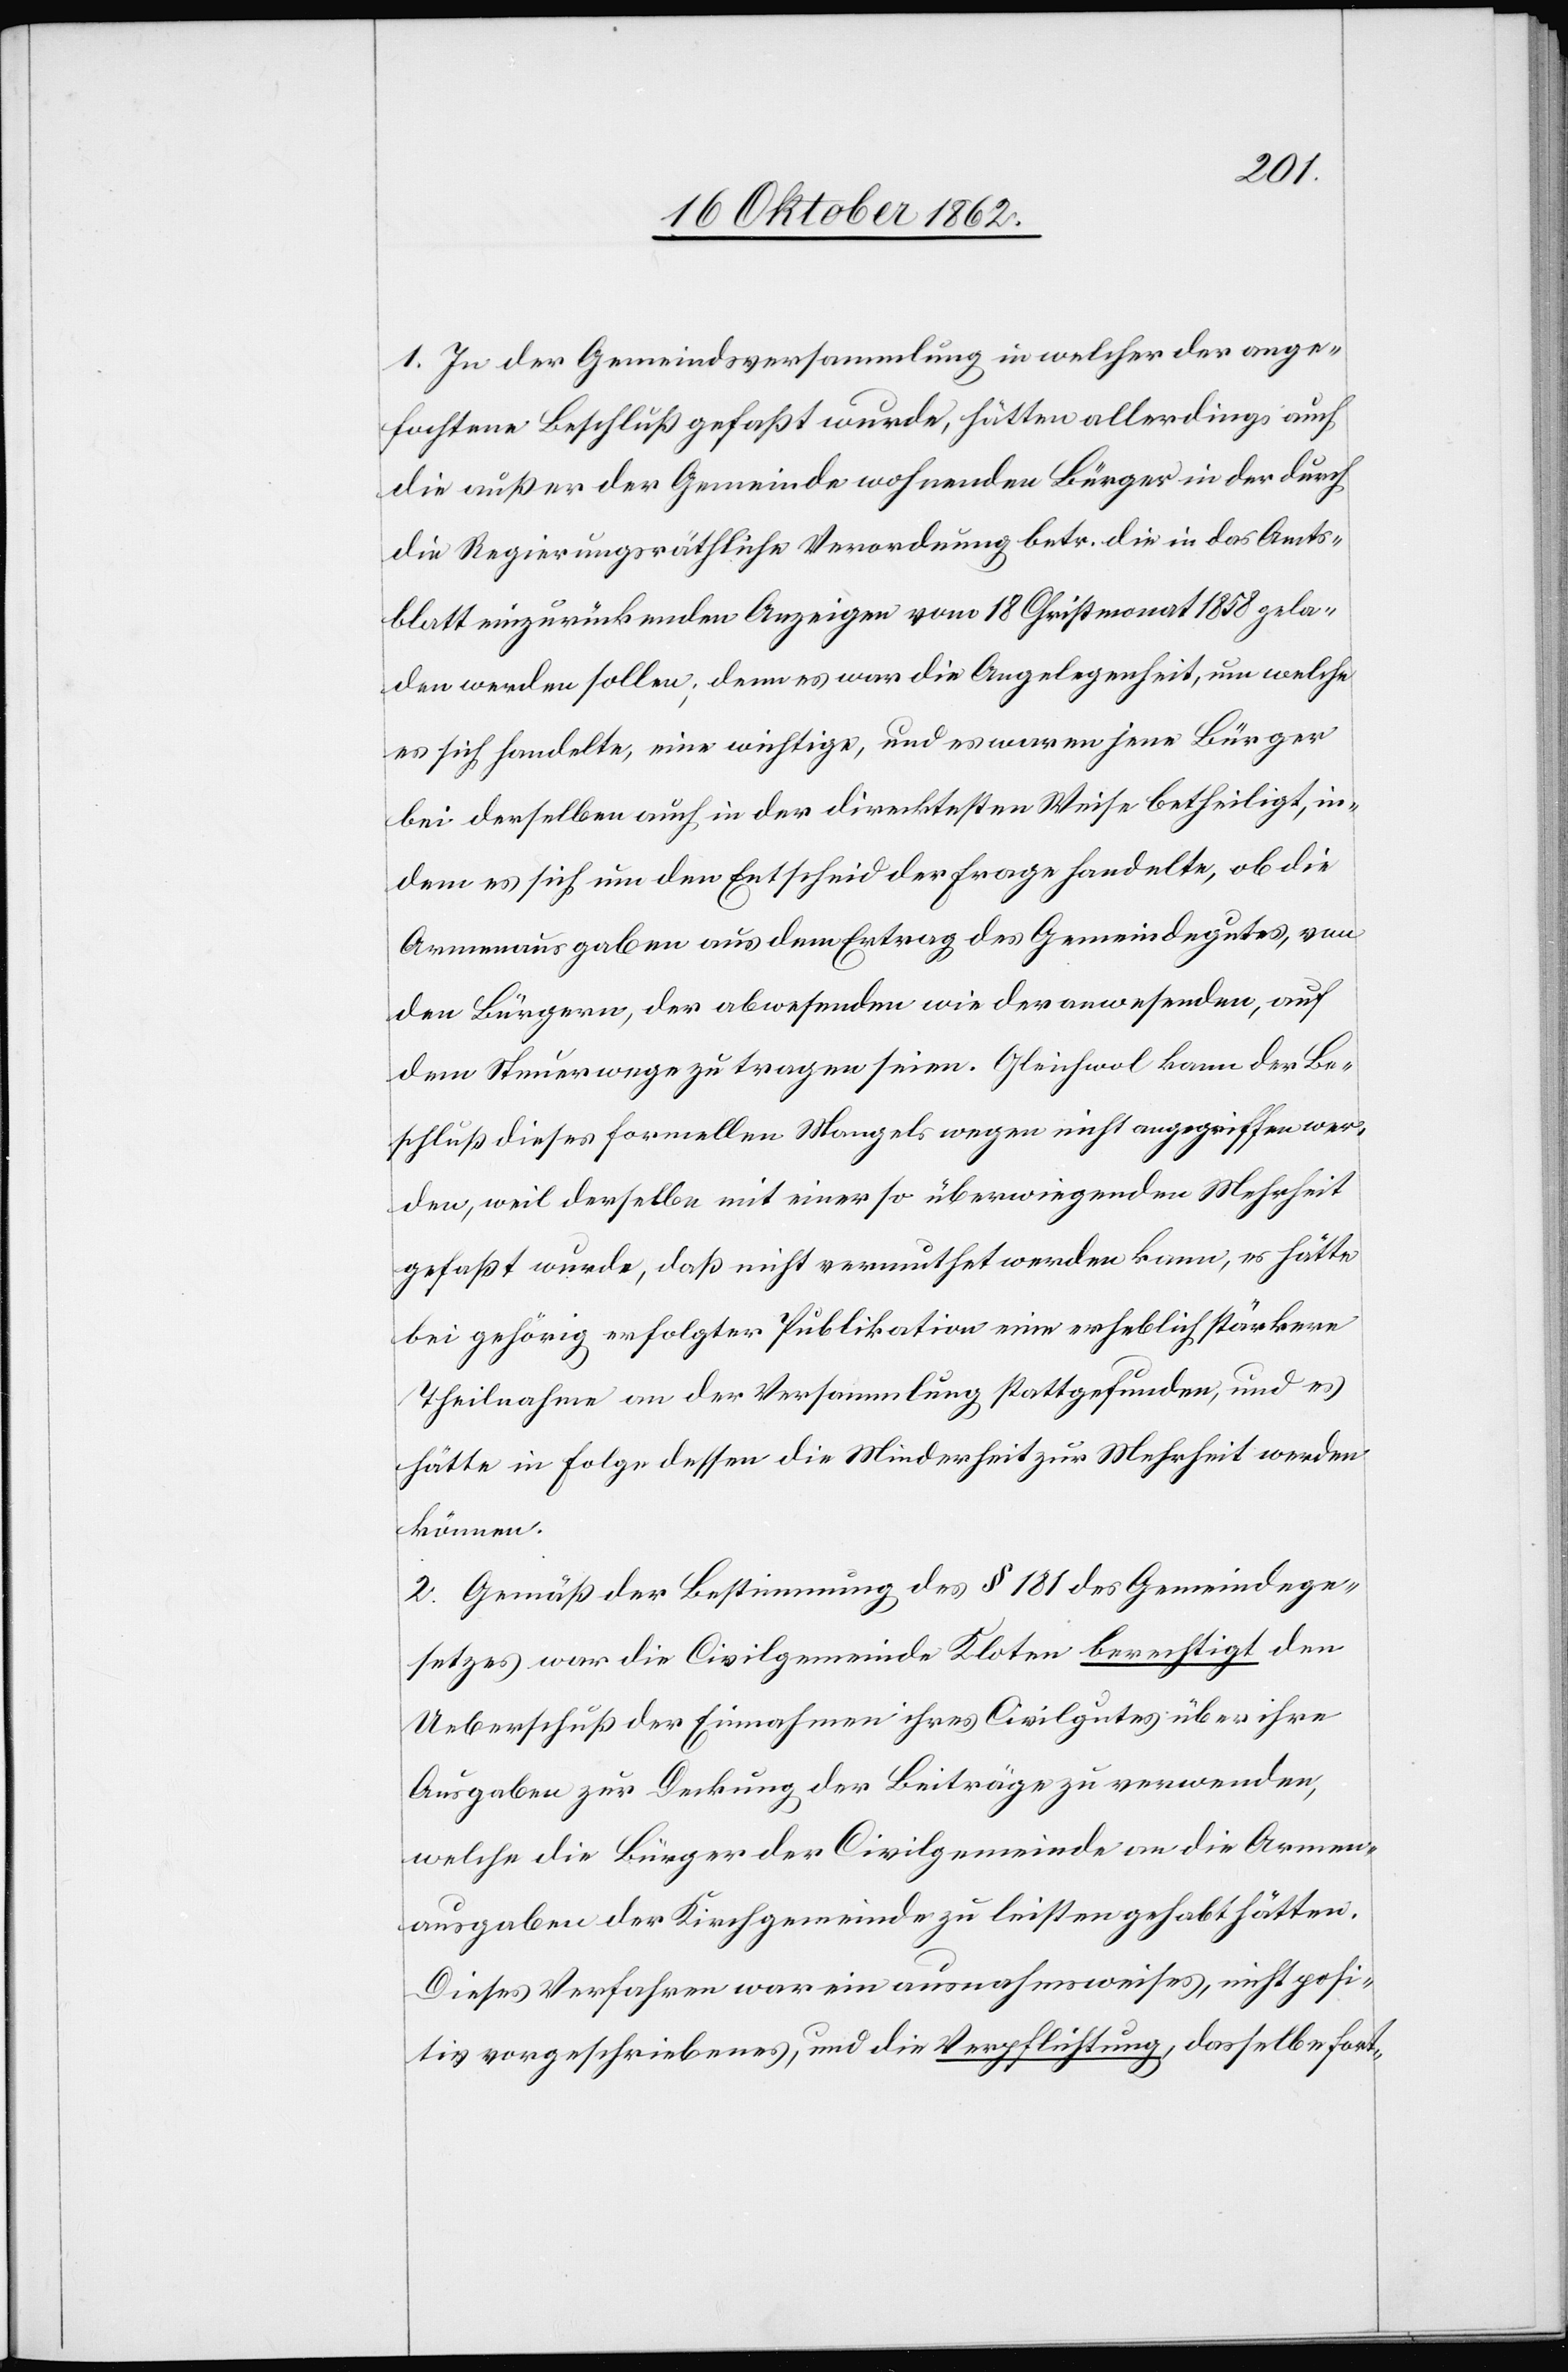
1. In der Gemeindsversammlung in welcher der ange¬
fochtene Beschluß gefaßt wurde, hätte allerdings auch
die außer der Gemeinde wohnenden Bürger in der durch
die Regierungsräthliche Verordnung betr. die in das Amts¬
blatt einzurückenden Anzeigen vom 18. Christmonat 1858 gela¬
den werden sollen, denn es war die Angelegenheit, um welche
es sich handelte, eine wichtige, und es waren jene Bürger
bei derselben auch in der direktesten Weise betheiligt, in¬
dem es sich um den Entscheid der Frage handelte, ob die
Armenausgaben aus dem Ertrag des Gemeindegutes, von
den Bürgern, der abwesenden wie der anwesenden, auf
dem Steuerwege zu tragen seien. Gleichwol kann der Be¬
schluß dieses formellen Mangels wegen nicht angegriffen wer¬
den, weil derselbe mit einer so überwiegenden Mehrheit
gefaßt wurde, daß nicht vermuthet werden kann, es hätte
bei gehörig erfolgter Publikation eine erheblich stärkere
Theilnahme an der Versammlung stattgefunden, und es
hätte in Folge dessen die Minderheit zur Mehrheit werden
können.
2. Gemäß der Bestimmung des § 181 des Gemeindege¬
setzes war die Civilgemeinde Kloten berechtigt den
Ueberschuß der Einnahmen ihres Civilgutes über ihre
Ausgaben zur Deckung der Beiträge zu verwenden,
welche die Bürger der Civilgemeinde an die Armen¬
ausgaben der Kirchgemeinde zu leisten gehabt hätten.
Dieses Verfahren war ein ausnahmsweises, nicht posi¬
tiv vorgeschriebenes, und die Verpflichtung, dasselbe fort-